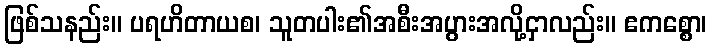
ဖြစ်သနည်း။ ပရဟိတာယစ၊ သူတပါး၏အစီးအပွားအလို့ငှာလည်း။ ဧကစ္စော၊